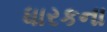
ધારકના